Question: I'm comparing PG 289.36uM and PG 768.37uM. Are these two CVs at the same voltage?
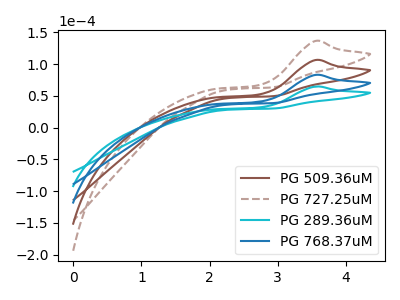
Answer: <think>The brown curve "PG 509.36uM" has an anodic peak at: (3.55V, 166.20uA). The brown dashed curve "PG 727.25uM" has an anodic peak at: (3.55V, 249.30uA). The cyan curve "PG 289.36uM" has an anodic peak at: (3.55V, 64.80uA). The blue curve "PG 768.37uM" has an anodic peak at: (3.55V, 83.10uA).
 All the peaks in "PG 289.36uM" have a peak in "PG 768.37uM" at the same potential. Every peak in "PG 289.36uM" is lower than every peak in "PG 768.37uM".</think>
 <answer>"PG 289.36uM" and "PG 768.37uM" are similar in shape.</answer>
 <eval>same_shape</eval>